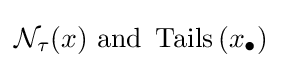
{\mathcal {N}}_{\tau }(x){\text{ and }}\operatorname {Tails} \left(x_{\bullet }\right)